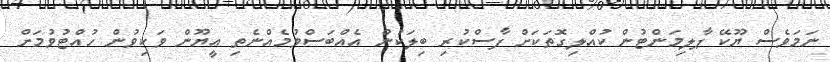
ނަމަވެސް ޔޫކޭ ޕާލިމަންޓުން ކުއްލިގޮތަކަށް ފާސްކުރި ބިލަކުން އެއްބަސްވުމެއްނެތި އީޔޫން ވަކިވުން ހުއްޓުވުމަށް